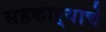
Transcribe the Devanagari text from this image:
सहकाऱ्याचे